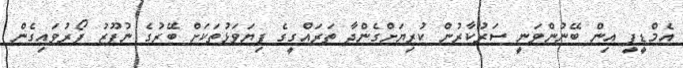
އެމްޑީޕީ އިން ބޭނުންވަނީ ސަރުކާރުން ކުރިޔަށްގެންދާ ތަރައްގީގެ ފިޔަވަޅުތަކަށް ބޭރުގެ ނުފޫޒު ފޯރުވައިގެން